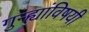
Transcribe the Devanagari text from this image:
गुन्ह्यांविषयी